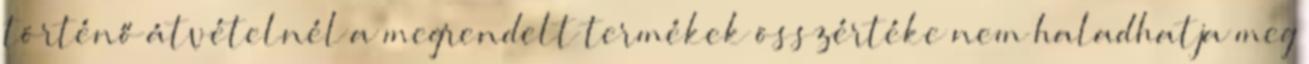
történő átvételnél a megrendelt termékek összértéke nem haladhatja meg